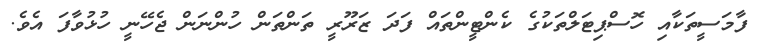
ފާމަސީތަކާއި ހޮސްޕިޓަލްތަކުގެ ކެންޓީންތައް ފަދަ ޒަރޫރީ ތަންތަން ހުންނަން ޖެހޭނީ ހުޅުވާފަ އެވެ.